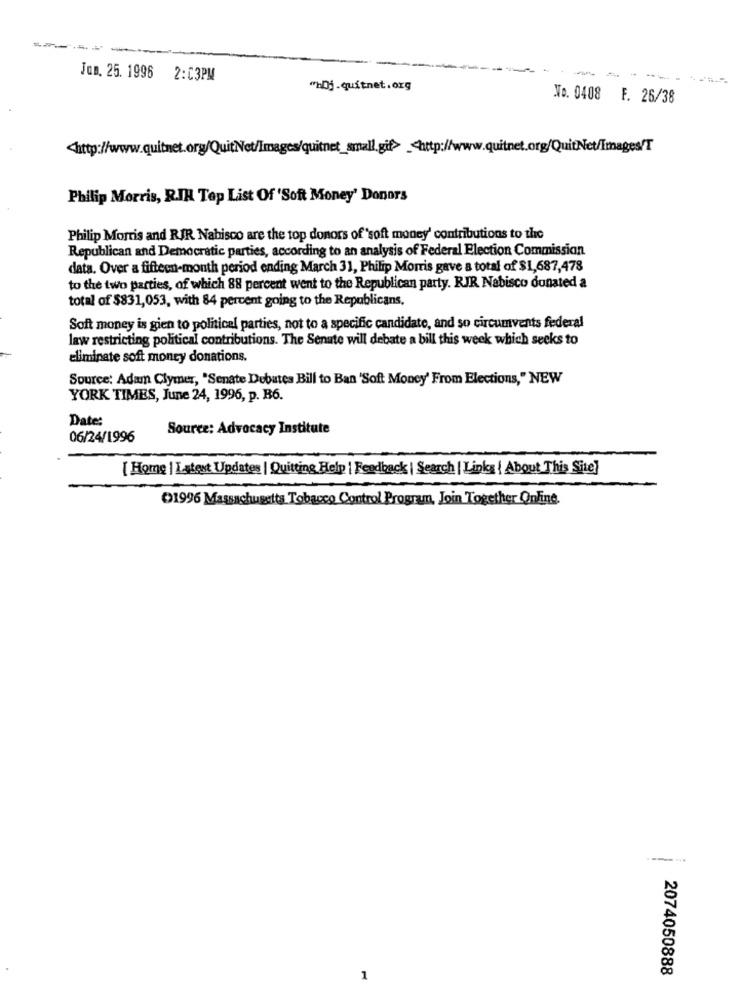
------
Jan. 25. 1996 2:03PM
"bDj.quitnet.org
No. 0408 F. 26/38
<http://www.quitnet.org/QuitNet/Images/quitnet_small.gif> _< http://ww
w.quitnet.org/QuitNet/Images/T
Philip Morris, R.IH Top List Of 'Soft Money' Donors
Philip Morris and RIR Nabisco are the top donors of 'soft money' contributions to the
Republican and Democratic parties, according to an analysis of Federal Election Commission
data. Over a fifteen-month period ending March 31, Philip Morris gave a total of $1,687,478
to the two parties, of which 88 percent went to the Republican party. RJR Nabisco donated a
total of $831,053, with 84 percent going to the Republicans,
Soft money is gien to political parties, not to a specific candidate, and so circumvents federal
law restricting political contributions. The Senate will debate a bill this week which seeks to
eliminate soft money donations.
Source: Adam Clymer, "Senate Debates Bill to Ban 'Soft Money' From Elections," NEW
YORK TIMES, June 24, 1996, p. B6.
Date:
Source: Advocacy Institute
06/24/1996
[ Home | Latest Updates | Quitting Help | Feedback | Search | Links | About This Site]
1996 Massachusetts Tobacco Control Program, Join Together Online.
---
2074050888
1